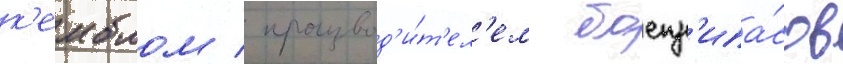
к'емблом / производ'и́т'ел'ем боепр'ипа́сов